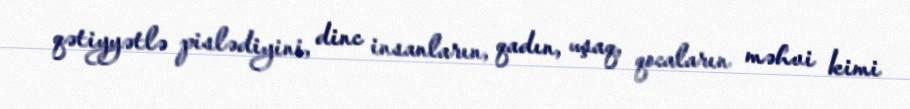
qətiyyətlə pislədiyini, dinc insanların, qadın, uşaq, qocaların məhvi kimi